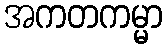
အကတကမ္မာ